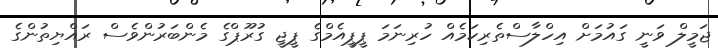
ޖަމީލް ވަނީ ގައުމަށް އިހްލާސްތެރިކަމެއް ހުރިނަމަ ޕީޕީއެމްގެ ޕީޖީ ގުރޫޕްގެ މެންބަރުންވެސް ރައްޔިތުންގެ